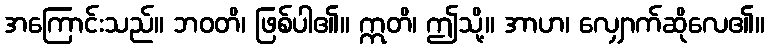
အကြောင်းသည်။ ဘဝတိ၊ ဖြစ်ပါ၏။ ဣတိ၊ ဤသို့။ အာဟ၊ လျှောက်ဆိုလေ၏။